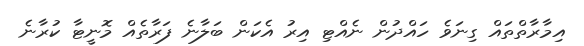
އިމާރާތްތައް ގިނަވެ ހައްދުން ނެއްޓި އިރު އެކަން ބަލާނެ ފަރާތެއް މޮނީޓާ ކުރާނެ